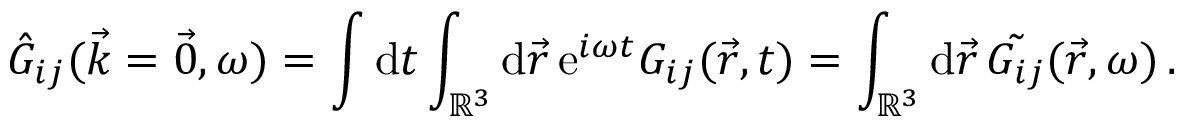
\Hat { G } _ { i j } ( \vec { k } = \vec { 0 } , \omega ) = \int \mathrm { d } t \int _ { \mathbb { R } ^ { 3 } } \mathrm { d } \vec { r } \, \mathrm { e } ^ { i \omega t } G _ { i j } ( \vec { r } , t ) = \int _ { \mathbb { R } ^ { 3 } } \mathrm { d } \vec { r } \, \Tilde { G _ { i j } } ( \vec { r } , \omega ) \, .